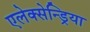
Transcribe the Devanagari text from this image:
एलेक्सेन्ड्रिया